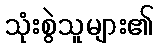
သုံးစွဲသူများ၏